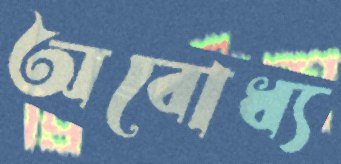
অবোধ্য